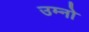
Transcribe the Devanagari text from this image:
उम्नो